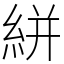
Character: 絣